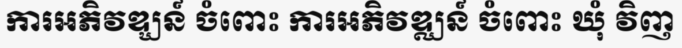
ការអភិវឌ្ឃន៍ ចំពោះ ការអភិវឌ្ឈន៍ ចំពោះ ឃុំ វិញ